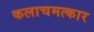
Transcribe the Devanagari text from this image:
कलाचमत्कार